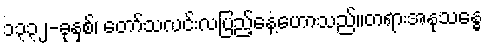
၁၃၃၂-ခုနှစ်၊ တော်သလင်းလပြည့်နေ့ဟောသည်။တရားအနုသန္ဓေ